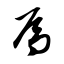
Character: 焉